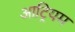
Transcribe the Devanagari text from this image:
आट्रियम